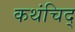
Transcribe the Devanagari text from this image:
कथंचिद्